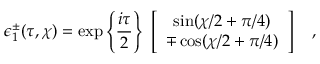
\epsilon _ { 1 } ^ { \pm } ( \tau , \chi ) = \exp \left\{ { \frac { i \tau } { 2 } } \right\} ~ \left[ \begin{array} { c } { { \sin ( \chi / 2 + \pi / 4 ) } } \\ { { \mp \cos ( \chi / 2 + \pi / 4 ) } } \end{array} \right] ~ ~ ~ ,